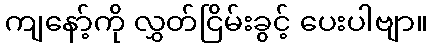
ကျနော့်ကို လွှတ်ငြိမ်းခွင့် ပေးပါဗျာ။